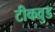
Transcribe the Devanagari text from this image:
टीकवुड